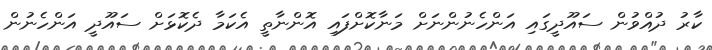
ކާރު ދުއްވުން ސައޫދީގައި އަންހެނުންނަށް މަނާކޮށްފައި އޮންނާތީ އެކަމާ ދެކޮޅަށް ސައޫދީ އަންހެނުން